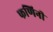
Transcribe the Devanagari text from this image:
फणिनी